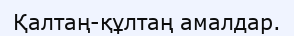
Қалтаң-құлтаң амалдар.